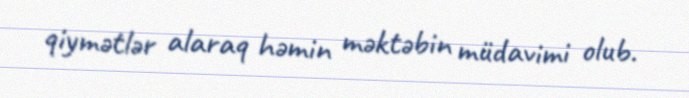
qiymətlər alaraq həmin məktəbin müdavimi olub.